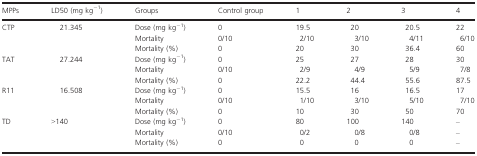
| MPPs | LD50 (mg kg−1) | Groups | Control group | 1 | 2 | 3 | 4 |
 | --- | --- | --- | --- | --- | --- | --- | --- |
 | <ROWSPAN=3> CTP | <ROWSPAN=3> 21.345 | Dose (mg kg−1) | 0 | 19.5 | 20 | 20.5 | 22 |
 | Mortality | 0/10 | 2/10 | 3/10 | 4/11 | 6/10 |
 | Mortality (%) | 0 | 20 | 30 | 36.4 | 60 |
 | <ROWSPAN=3> TAT | <ROWSPAN=3> 27.244 | Dose (mg kg−1) | 0 | 25 | 27 | 28 | 30 |
 | Mortality | 0/10 | 2/9 | 4/9 | 5/9 | 7/8 |
 | Mortality (%) | 0 | 22.2 | 44.4 | 55.6 | 87.5 |
 | <ROWSPAN=3> R11 | <ROWSPAN=3> 16.508 | Dose (mg kg−1) | 0 | 15.5 | 16 | 16.5 | 17 |
 | Mortality | 0/10 | 1/10 | 3/10 | 5/10 | 7/10 |
 | Mortality (%) | 0 | 10 | 30 | 50 | 70 |
 | <ROWSPAN=3> TD | <ROWSPAN=3> >140 | Dose (mg kg−1) | 0 | 80 | 100 | 140 | – |
 | Mortality | 0/10 | 0/2 | 0/8 | 0/8 | – |
 | Mortality (%) | 0 | 0 | 0 | 0 | – |